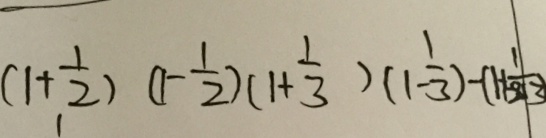
( 1 + \frac { 1 } { 2 } ) ( 1 - \frac { 1 } { 2 } ) ( 1 + \frac { 1 } { 3 } ) ( 1 - \frac { 1 } { 3 } ) ( 1 + \frac { 1 } { 2 1 3 } )